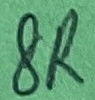
Text: 8R